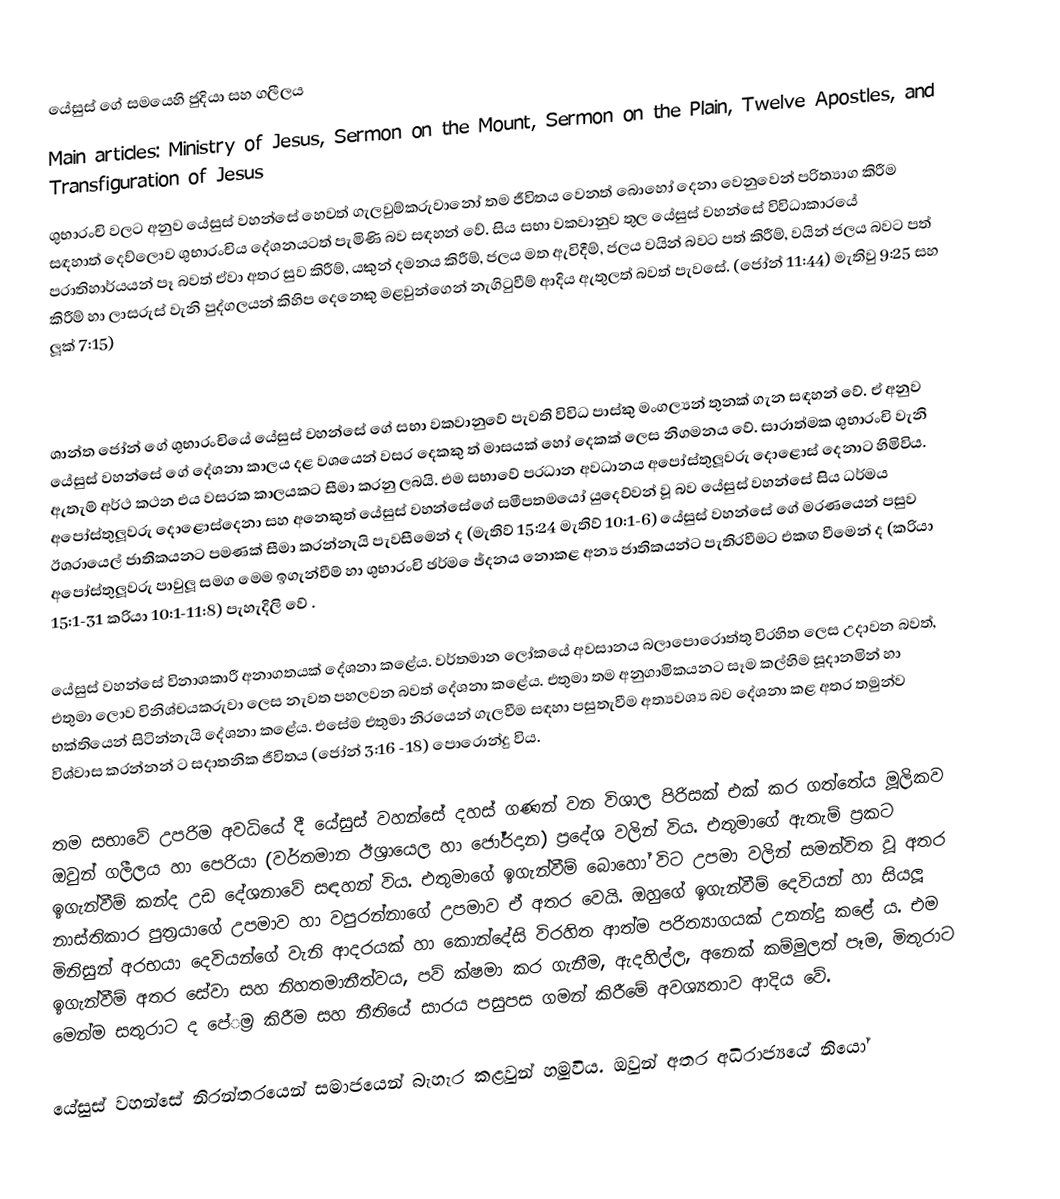
යේසුස් ගේ සමයෙහි ජුදියා සහ ගලීලය
Main articles: Ministry of Jesus, Sermon on the Mount, Sermon on the Plain, Twelve Apostles, and Transfiguration of Jesus
ශුභාරංචි වලට අනුව යේසුස් වහන්සේ හෙවත් ගැලවුම්කරුවානෝ තම ජීවිතය වෙනත් බොහෝ දෙනා වෙනුවෙන් පරිත්‍යාග කිරීම සඳහාත් දෙව්ලොව ශුභාරංචිය දේශනයටත් පැමිණි බව සඳහන් වේ. සිය සභා වකවානුව තුල යේසුස් වහන්සේ විවිධාකාරයේ ප‍්‍රාතිහාර්යයන් පෑ බවත් ඒවා අතර සුව කිරීම්, යකුන් දමනය කිරීම්, ජලය මත ඇවිදීම්, ජලය වයින් බවට පත් කිරීම්, වයින් ජලය බවට පත් කිරීම් හා ලාසරුස් වැනි පුද්ගලයන් කිහිප දෙනෙකු මළවුන්ගෙන් නැගිටුවීම් ආදිය ඇතුලත් බවත් පැවසේ. (ජෝන් 11:44) මැතිවු 9:25 සහ ලූක් 7:15)

ශාන්ත ජෝන් ගේ ශුභාරංචියේ යේසුස් වහන්සේ ගේ සභා වකවානුවේ පැවති විවිධ පාස්කු මංගල්‍යන් තුනක් ගැන සඳහන් වේ. ඒ අනුව යේසුස් වහන්සේ ගේ දේශනා කාලය දළ වශයෙන් වසර දෙකකු ත් මාසයක් හෝ දෙකක් ලෙස නිගමනය වේ. සාරාත්මක ශුභාරංචි වැනි ඇතැම් අර්ථ කථන එය වසරක කාලයකට සීමා කරනු ලබයි. එම සභාවේ ප‍්‍රධාන අවධානය අපෝස්තුලූවරු දොළොස් දෙනාට හිමිවිය. අපෝස්තුලූවරු දොළොස්දෙනා සහ අනෙකුත් යේසුස් වහන්සේගේ සමීපතමයෝ යුදෙව්වන් වූ බව යේසුස් වහන්සේ සිය ධර්මය ඊශ‍්‍රායෙල් ජාතිකයනට පමණක් සීමා කරන්නැයි පැවසීමෙන් ද (මැතිව් 15:24 මැතිව් 10:1-6) යේසුස් වහන්සේ ගේ මරණයෙන් පසුව අපෝස්තුලූවරු පාවුලූ සමග මෙම ඉගැන්වීම් හා ශුභාරංචි ඡර්ම ෙඡ්දනය නොකළ අන්‍ය ජාතිකයන්ට පැතිරවීමට එකඟ වීමෙන් ද (ක‍්‍රියා 15:1-31 ක‍්‍රියා 10:1-11:8) පැහැදිලි වේ .

යේසුස් වහන්සේ විනාශකාරී අනාගතයක් දේශනා කළේය. වර්තමාන ලෝකයේ අවසානය බලාපොරොත්තු විරහිත ලෙස උදාවන බවත්, එතුමා ලොව විනිශ්චයකරුවා ලෙස නැවත පහලවන බවත් දේශනා කළේය. එතුමා තම අනුගාමිකයනට සෑම කල්හිම සූදානමින් හා භක්තියෙන් සිටින්නැයි දේශනා කළේය. එසේම එතුමා නිරයෙන් ගැලවීම සඳහා පසුතැවීම අත්‍යවශ්‍ය බව දේශනා කළ අතර තමුන්ව විශ්වාස කරන්නන් ට සදාතනික ජීවිතය (ජෝන් 3:16 -18) පොරොන්දු විය.

තම සභාවේ උපරිම අවධියේ දී යේසුස් වහන්සේ දහස් ගණන් වන විශාල පිරිසක් එක් කර ගත්තේය මූලිකව ඔවුන් ගලීලය හා පෙරියා (වර්තමාන ඊශ‍්‍රායෙල හා ජෝර්දාන) ප‍්‍රදේශ වලින් විය. එතුමාගේ ඇතැම් ප‍්‍රකට ඉගැන්වීම් කන්ද උඩ දේශනාවේ සඳහන් විය. එතුමාගේ ඉගැන්වීම් බොහෝ විට උපමා වලින් සමන්විත වූ අතර නාස්තිකාර පුත‍්‍රයාගේ උපමාව හා වපුරන්නාගේ උපමාව ඒ අතර වෙයි. ඔහුගේ ඉගැන්වීම් දෙවියන් හා සියලූ මිනිසුන් අරභයා දෙවියන්ගේ වැනි ආදරයක් හා කොන්දේසි විරහිත ආත්ම පරිත්‍යාගයක් උනන්දු කළේ ය. එම ඉගැන්වීම් අතර සේවා සහ නිහතමානීත්වය, පව් ක්ෂමා කර ගැනීම, ඇදහිල්ල, අනෙක් කම්මුලත් පෑම, මිතුරාට මෙන්ම සතුරාට ද පේ‍්‍රම කිරීම සහ නීතියේ සාරය පසුපස ගමන් කිරීමේ අවශ්‍යතාව ආදිය වේ.

යේසුස් වහන්සේ නිරන්තරයෙන් සමාජයෙන් බැහැර කළවුන් හමුවිය. ඔවුන් අතර අධිරාජ්‍යයේ නියෝ